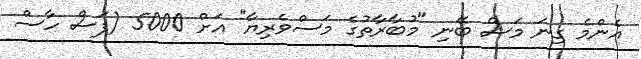
އެންމެ ގިނަ މަސް ބޭނި "މުބާރާތުގެ މަސްވެރިޔާ" އަށް 5000 (ފަސް ހާސް